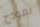
نموذج